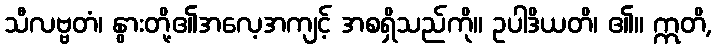
သီလဗ္ဗတံ၊ နွားတို့၏အလေ့အကျင့် အစရှိသည်ကို။ ဥပါဒိယတိ၊ ၏။ ဣတိ,